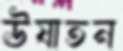
ঊষাতন